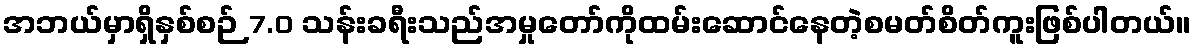
အဘယ်မှာရှိနှစ်စဉ် 7.0 သန်းခရီးသည်အမှုတော်ကိုထမ်းဆောင်နေတဲ့စမတ်စိတ်ကူးဖြစ်ပါတယ်။